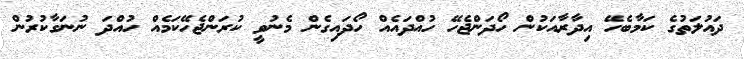
ދައުލަތުގެ ކަމާބެހޭ އިދާރާއަކުން ހޯދަންޖެހޭ ހުއްދައެއް ހޯދައިގެން މެނުވީ ކުރަންޖެހޭކަމެއް ހުއްދަ ނުނަގާކުރުން